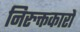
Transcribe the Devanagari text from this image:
निरुक्तकारों